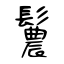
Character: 鬞